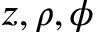
z , \rho , \phi